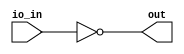
module user_module_341497938559631956(
  input wire [7:0] io_in,
  output wire [7:0] out
);
  assign out = ~io_in;
endmodule